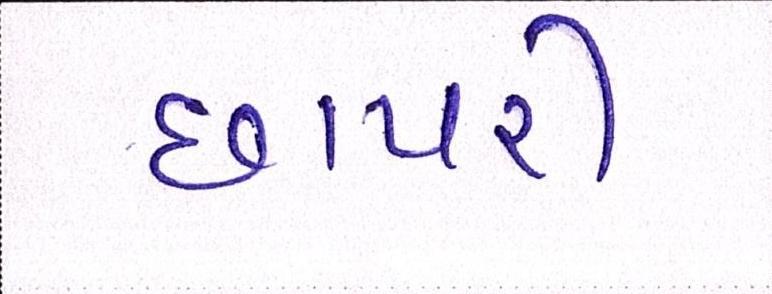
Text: છાપરી